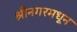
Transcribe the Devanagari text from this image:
श्रीनगरमधून